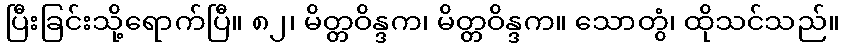
ပြီးခြင်းသို့ရောက်ပြီ။ ၈၂၊ မိတ္တဝိန္ဒက၊ မိတ္တဝိန္ဒက။ သောတွံ၊ ထိုသင်သည်။